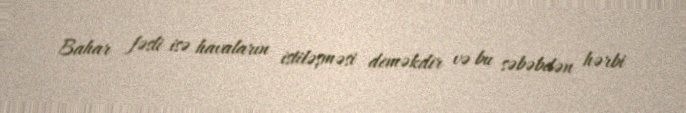
Bahar fəsli isə havaların istiləşməsi deməkdir və bu səbəbdən hərbi